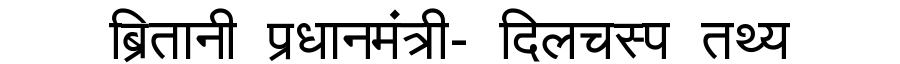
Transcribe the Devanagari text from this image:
ब्रितानी प्रधानमंत्री- दिलचस्प तथ्य